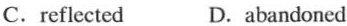
C.reflected D.abandoned